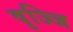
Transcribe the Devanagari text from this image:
वृज्जि